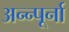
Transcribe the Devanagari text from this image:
अन्न्पूर्ना